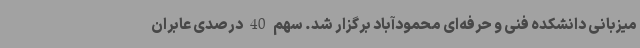
میزبانی دانشکده فنی و حرفه‌ای محمودآباد برگزار شد. سهم 40 درصدی عابران